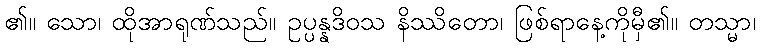
၏။ သော၊ ထိုအာရုဏ်သည်။ ဥပ္ပန္နဒိဝသ နိဿိတော၊ ဖြစ်ရာနေ့ကိုမှီ၏။ တသ္မာ၊